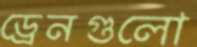
ড্রেনগুলো